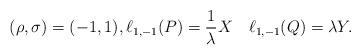
LaTeX: \begin{align*}(\rho,\sigma)=(-1,1),\ell_{1,-1}(P)=\frac 1{\lambda} X\quad\ell_{1,-1}(Q)=\lambda Y.\end{align*}